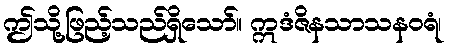
ဤသို့ဖြည့်သည်ရှိသော်။ ဣဒံဇိနသာသနဝရံ၊